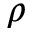
\rho